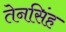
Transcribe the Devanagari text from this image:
तेनसिंह